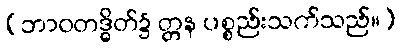
(ဘာဝတဒ္ဓိတ်၌ တ္တန ပစ္စည်းသက်သည်။)